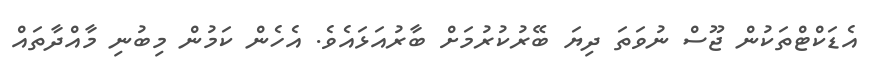
އެޑަކްޓްތަކުން ޖޫސް ނުވަތަ ދިޔަ ބޭރުކުރުމަށް ބާރުއަޅައެވެ. އެހެން ކަމުން މިބުނި މާއްދާތައް